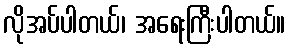
လိုအပ်ပါတယ်၊ အရေးကြီးပါတယ်။